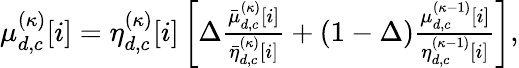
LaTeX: \begin{array}{r}{\mu_{d,c}^{(\kappa)}[i]=\eta_{d,c}^{(\kappa)}[i]\left[{\Delta\frac{{\bar{\mu}_{d,c}^{(\kappa)}[i]}}{{\bar{\eta}_{d,c}^{(\kappa)}[i]}}+(1-\Delta)\frac{{\mu_{d,c}^{(\kappa-1)}[i]}}{{\eta_{d,c}^{(\kappa-1)}[i]}}}\right],}\end{array}